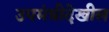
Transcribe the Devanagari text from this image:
उपमंत्रीदेखील